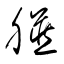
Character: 臟